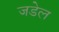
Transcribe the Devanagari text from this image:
जडेल